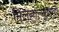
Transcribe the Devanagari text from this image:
मिलनोत्सुकता